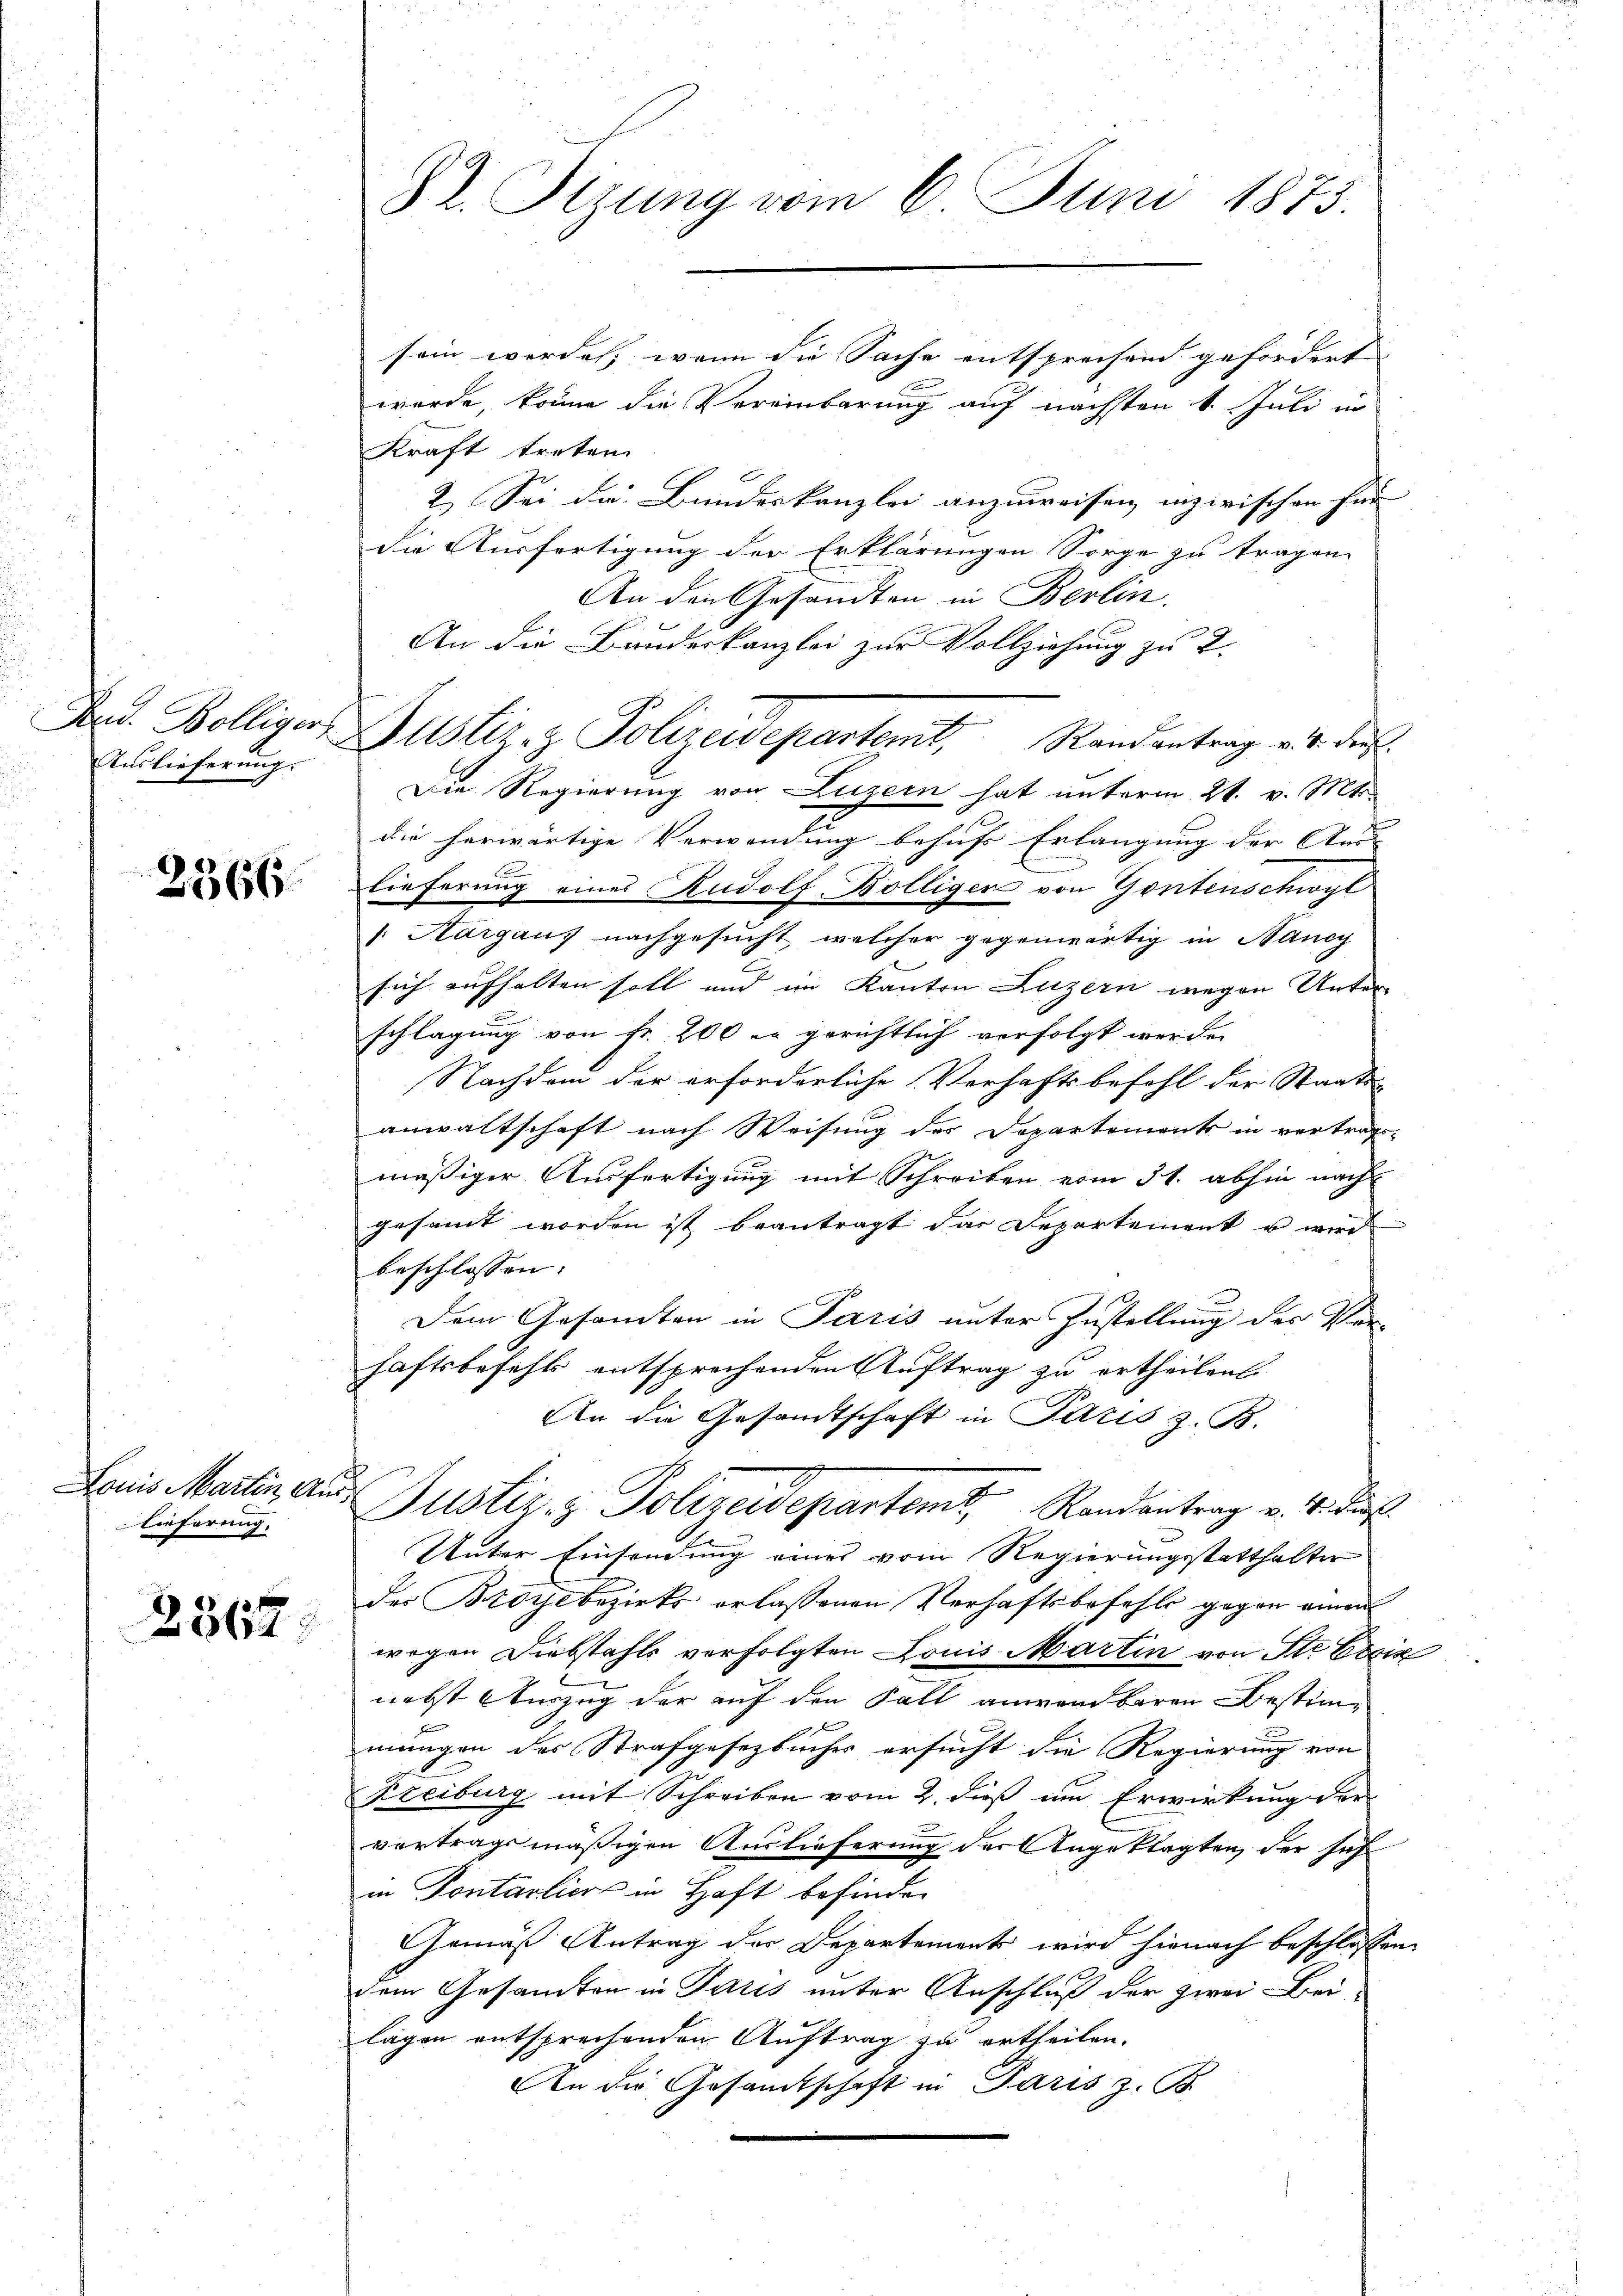
Auslieferung.

2366

Louis Martin Aus¬
Lieferung.

2362.

8. Sizung vom 6. Juni 1873.

sein werde; wenn die Sache entsprechend gefordert |
werde, könne die Vereinbarung auf nächsten 1. Juli in
Kraft treten.
2. Sei die Bundeskanzlei anzuweisen inzwischen für |
die Ausfertigung der Erklärungen Sorge zu tragen.
An den Gesandten in Berlin.
An die Bunderkanzlei zur Vollziehung zu 2.
Die Regierung von Luzern hat unterm 21. v. Mts.
die herwärtige Verwendung behufs Erlangung der An- |
Lieferung eines Rudolf Bölliger von Gontenschwyl
. Aargaus nachgesucht, welcher gegenwärtig in Nancy
.
sich aufhalten soll und im Kanton Luzern wegen Unter-
schlagung von Fr. 200 er gerichtlich verfolgt werden
Nachdem der erforderliche Verhaftsbefehl der Staats-
anwaltschaft nach Weisung des Departements in vortrags-
mäßiger Ausfertigung mit Schreiben vom 31. abhin nach
gesammt worden ist beantragt das Departement u wird
beschlossen:
Dem Gesamten in Paris unter Zustellung des Ver-
haftsbefehls entsprechenden Auftrag zu ertheilen.
An die Gesandtschaft in Paris z. B.
Justiz & Polizeidepartemt, Randantrag v. 4. ds.
Unter Einsendung eines vom Regierungsstatthalter
des Broye bezirks erlassenen Verhaftsbefehls gegen einen
wegen Diebstahls verfolgten Louis Martin von St. Ein
nebst Auszug der auf den Fall anwendbaren Bestimx
mungen des Strafgesetzbucher ersucht die Regierung von
Freiburg mit Schreiben vom 2. dieß um Erwirkung der
vertragsmäßigen Auslieferung der Angeklagten, der seh
in Pontarlier in Haft befinden
Gemäß Antrag der Departements wird hienach beschlossen:
dem Gesandten in Paris unter Anschluß der zwei Beilagen entsprechenden Auftrag zu ertheilen.
An die Gesandtschaft in Paris z. B.

And. Bölliger Justiz- & Polizeidepartemt, Randantrag v. 4. ders